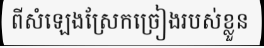
ពីសំឡេងស្រែកច្រៀងរបស់ខ្លួន